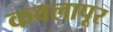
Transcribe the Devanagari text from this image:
कवलापूर